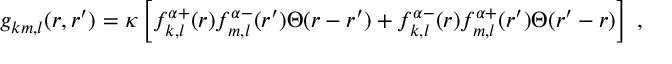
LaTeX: g _ { k m , l } ( r , r ^ { \prime } ) = \kappa \left[ f _ { k , l } ^ { \alpha + } ( r ) f _ { m , l } ^ { \alpha - } ( r ^ { \prime } ) \Theta ( r - r ^ { \prime } ) + f _ { k , l } ^ { \alpha - } ( r ) f _ { m , l } ^ { \alpha + } ( r ^ { \prime } ) \Theta ( r ^ { \prime } - r ) \right] \; ,